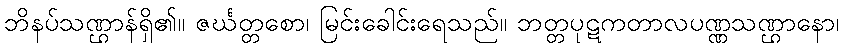
ဘိနပ်သဏ္ဌာန်ရှိ၏။ ဇင်္ဃတ္တစော၊ မြင်းခေါင်းရေသည်။ ဘတ္တပုဋကတာလပဏ္ဏသဏ္ဌာနော၊